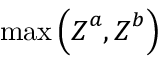
\operatorname* { m a x } { \left( \boldsymbol { Z } ^ { a } , \boldsymbol { Z } ^ { b } \right) }